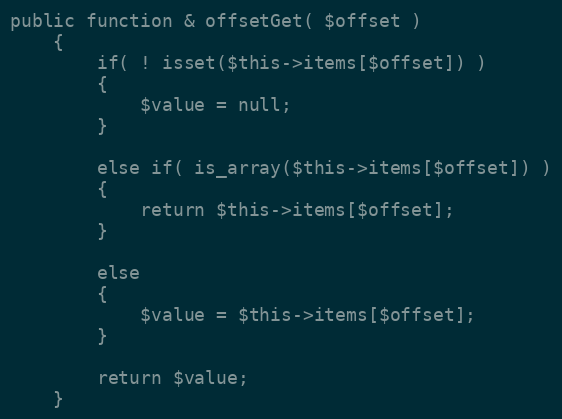
Language: PHP
public function & offsetGet( $offset )
	{
		if( ! isset($this->items[$offset]) )
		{
			$value = null;
		}

		else if( is_array($this->items[$offset]) )
		{
			return $this->items[$offset];
		}

		else
		{
			$value = $this->items[$offset];
		}

		return $value;
	}